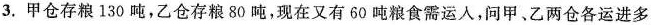
3.甲仓存粮130吨，乙仓存粮80吨，现在又有60吨粮食需运人，问甲、乙两仓各运进多